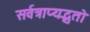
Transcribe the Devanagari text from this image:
सर्वत्राप्यद्भुतो